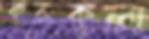
করুকলা